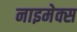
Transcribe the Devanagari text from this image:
नाइमेक्स